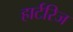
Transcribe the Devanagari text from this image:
हार्टरिज